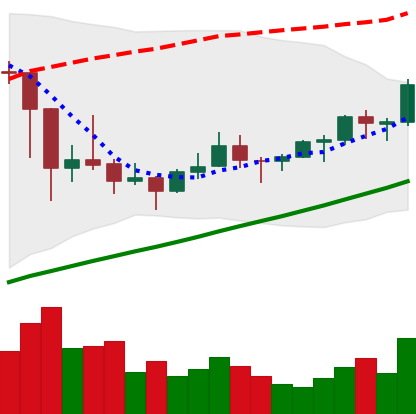
Ticker: LTC-USD
Chart end date: 2021-03-12
Forward return: -6.685%
Label: down_5_7